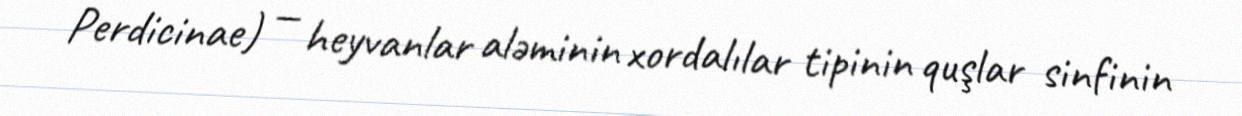
Perdicinae) — heyvanlar aləminin xordalılar tipinin quşlar sinfinin